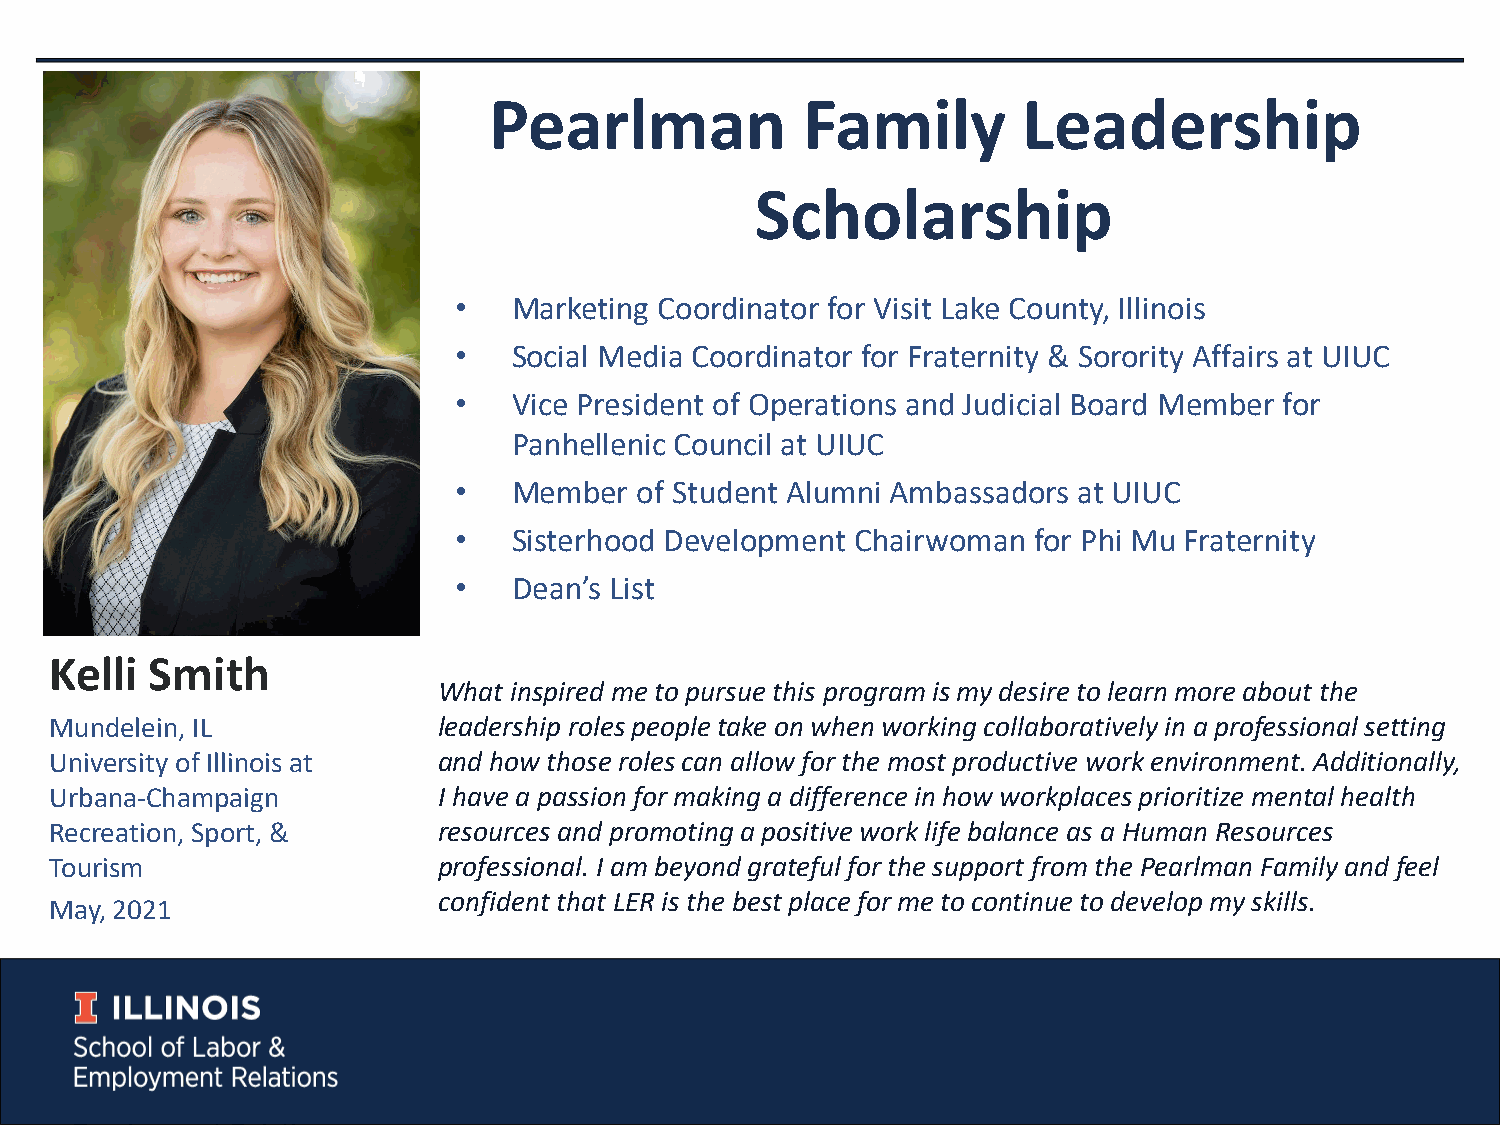
Pearlman             Family         Leadership
 Scholarship
 •   Marketing Coordinator for Visit Lake County, Illinois
 •   Social Media Coordinator for Fraternity & Sorority Affairs at UIUC
 •   Vice President of Operations and Judicial Board Member for
 Panhellenic Council at UIUC
 •   Member  of Student Alumni Ambassadors at UIUC
 •   Sisterhood Development Chairwoman for Phi Mu Fraternity
 •   Dean’s List
 Kelli  Smith
 What inspired me to pursue this program is my desire to learn more about the
 Mundelein, IL             leadership roles people take on when working collaboratively in a professional setting
 University of Illinois at and how those roles can allow for the most productive work environment. Additionally,
 Urbana-Champaign          I have a passion for making a difference in how workplaces prioritize mental health
 Recreation, Sport, &      resources and promoting a positive work life balance as a Human Resources
 Tourism                   professional. I am beyond grateful for the support from the Pearlman Family and feel
 confident that LER is the best place for me to continue to develop my skills.
 May, 2021